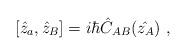
LaTeX: \begin{align*}[\hat{z}_a,\hat{z}_B]=i\hbar\hat{C}_{AB}(\hat{z_A})\ ,\end{align*}